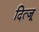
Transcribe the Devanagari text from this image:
दित्जू